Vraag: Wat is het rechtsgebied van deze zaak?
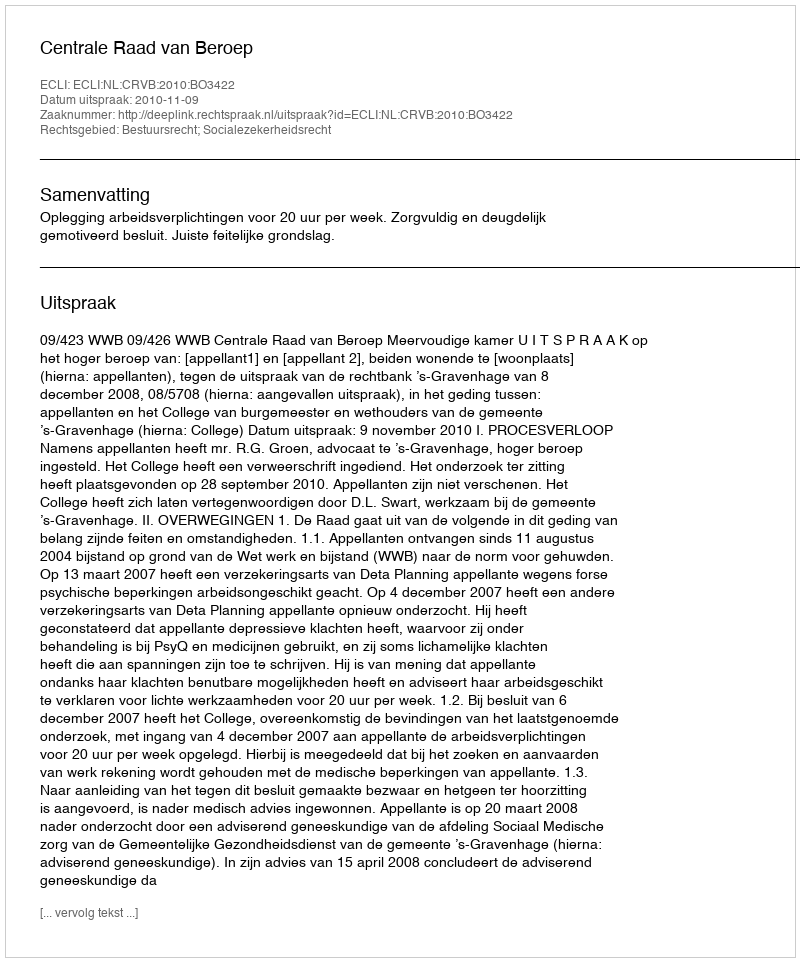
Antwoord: Bestuursrecht; Socialezekerheidsrecht